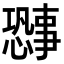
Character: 𫻐